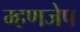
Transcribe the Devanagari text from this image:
म्हणजेप